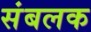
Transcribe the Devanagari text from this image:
संबलक